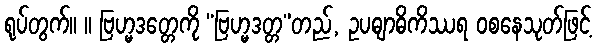
ရုပ်တွက်။ ။ ဗြဟ္မဒတ္တေကို “ဗြဟ္မဒတ္တ”တည်, ဥပဓျာဓိကိဿရ ဝစနေသုတ်ဖြင့်